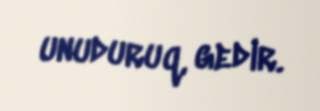
unuduruq, gedir.